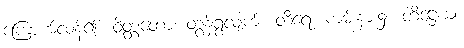
ကြောက်လန့်၍။ ဝိတ္တတော၊ တွန့်ရွံ့လျက်။ တီရေ၊ ကမ်းနား၌။ တိဋ္ဌေယျ၊